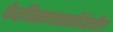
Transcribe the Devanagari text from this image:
फेरवितरणासाठीदेखील